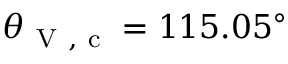
\theta _ { \mathrm { ~ V ~ , ~ c ~ } } = 1 1 5 . 0 5 ^ { \circ }